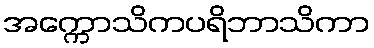
အက္ကောသိကပရိဘာသိကာ